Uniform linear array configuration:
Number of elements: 24
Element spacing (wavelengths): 0.75
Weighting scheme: hamming
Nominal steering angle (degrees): -60
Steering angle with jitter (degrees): -60.108
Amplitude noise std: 0.05
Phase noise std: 0.05

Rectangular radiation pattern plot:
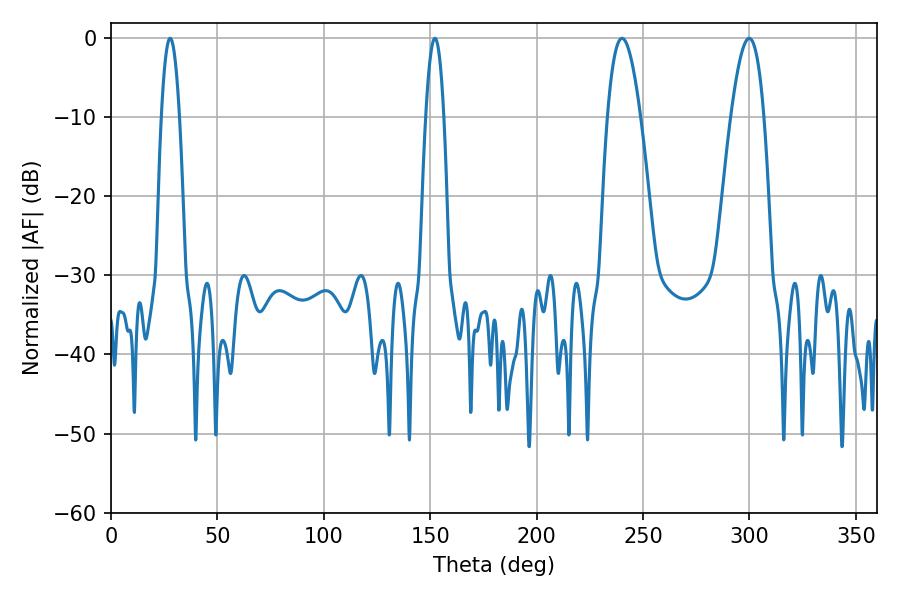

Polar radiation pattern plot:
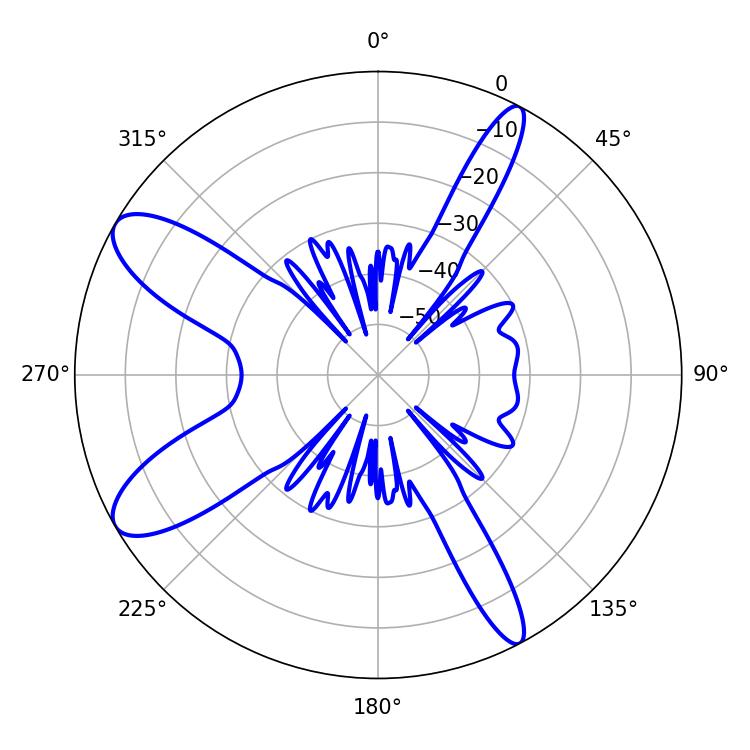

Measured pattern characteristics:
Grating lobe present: TRUE
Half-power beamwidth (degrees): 8.46
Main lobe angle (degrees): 240.12